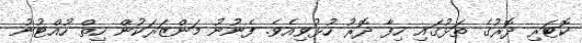
ކޮޓަރި ދޮރުގެ ތަޅުގައި ހިފާ ދޮރު ހުޅުވިއެވެ. ފެނުނު މަންޒަރަކުން ހިތް ހުއްޓުނު